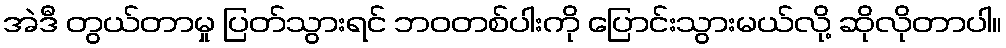
အဲဒီ တွယ်တာမှု ပြတ်သွားရင် ဘဝတစ်ပါးကို ပြောင်းသွားမယ်လို့ ဆိုလိုတာပါ။